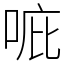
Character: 𠳓